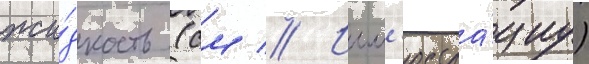
жи́дкость (см // Илл'юстра́циу)